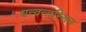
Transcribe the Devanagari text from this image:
धन्वन्तरिरत्न